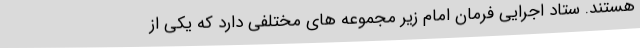
هستند. ستاد اجرایی فرمان امام زیر مجموعه های مختلفی دارد که یکی از